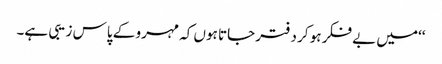
‘‘میں بے فکر ہو کر دفتر جاتا ہوں کہ مہرو کے پاس زیبی ہے۔